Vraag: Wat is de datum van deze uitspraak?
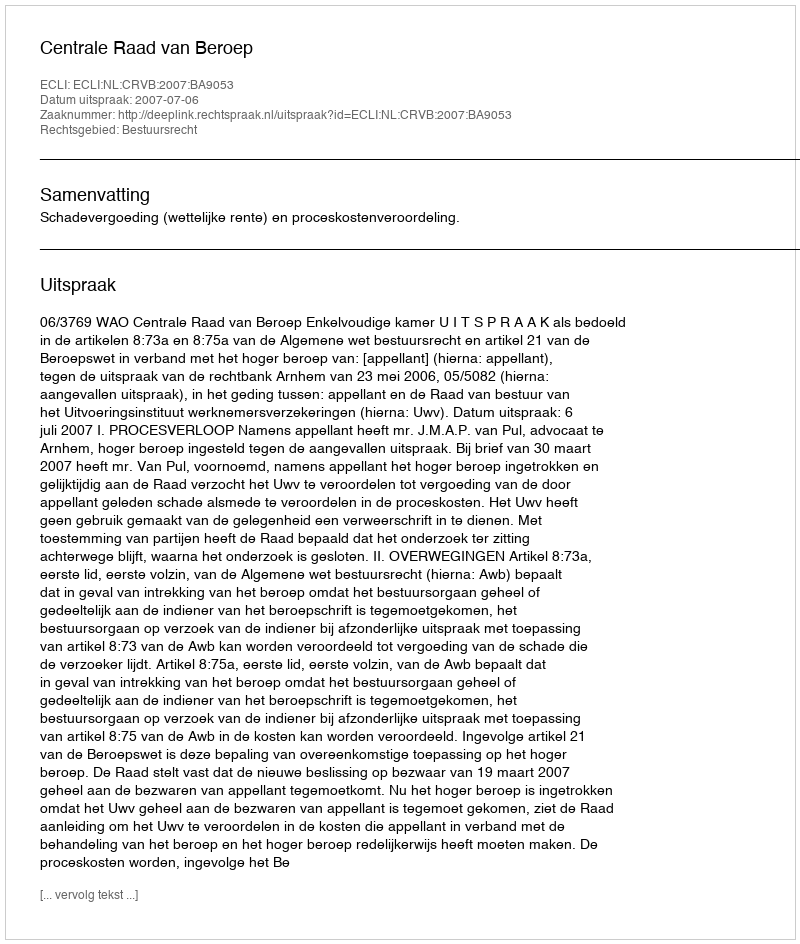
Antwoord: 2007-07-06